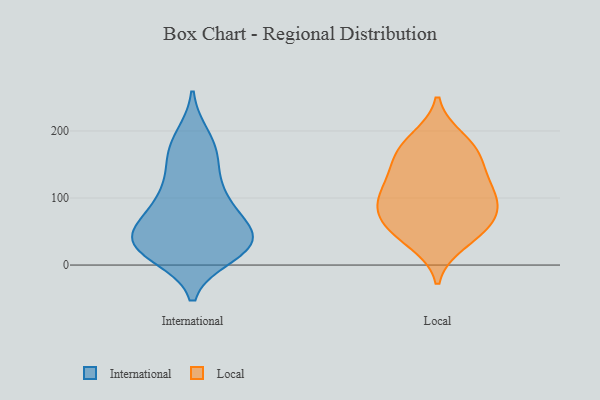
{"axis": {"x": "Active Users", "y": "Value"}, "legend": ["International", "Local"], "data": [{"x": "", "y": 161, "type": "International"}, {"x": "", "y": 30, "type": "International"}, {"x": "", "y": 97, "type": "International"}, {"x": "", "y": 27, "type": "International"}, {"x": "", "y": 179, "type": "International"}, {"x": "", "y": 51, "type": "International"}, {"x": "", "y": 59, "type": "International"}, {"x": "", "y": 16, "type": "International"}, {"x": "", "y": 151, "type": "International"}, {"x": "", "y": 35, "type": "International"}, {"x": "", "y": 190, "type": "International"}, {"x": "", "y": 115, "type": "International"}, {"x": "", "y": 26, "type": "International"}, {"x": "", "y": 30, "type": "International"}, {"x": "", "y": 39, "type": "International"}, {"x": "", "y": 91, "type": "International"}, {"x": "", "y": 86, "type": "International"}, {"x": "", "y": 36, "type": "International"}, {"x": "", "y": 121, "type": "Local"}, {"x": "", "y": 102, "type": "Local"}, {"x": "", "y": 130, "type": "Local"}, {"x": "", "y": 102, "type": "Local"}, {"x": "", "y": 168, "type": "Local"}, {"x": "", "y": 175, "type": "Local"}, {"x": "", "y": 82, "type": "Local"}, {"x": "", "y": 47, "type": "Local"}, {"x": "", "y": 188, "type": "Local"}, {"x": "", "y": 154, "type": "Local"}, {"x": "", "y": 58, "type": "Local"}, {"x": "", "y": 34, "type": "Local"}, {"x": "", "y": 86, "type": "Local"}, {"x": "", "y": 65, "type": "Local"}]}